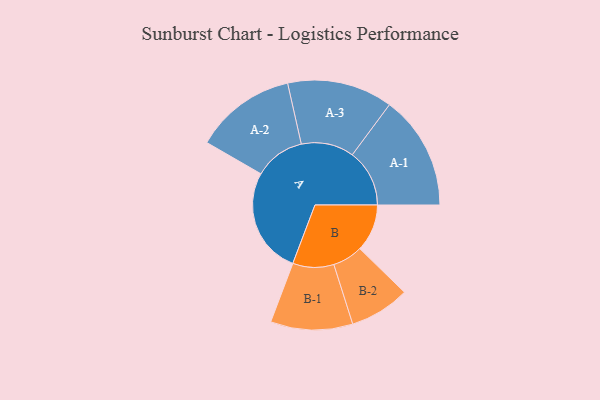
{"axis": {"x": "Segment", "y": "Value"}, "legend": ["", "A", "B"], "data": [{"x": "A", "y": 455, "type": ""}, {"x": "B", "y": 203, "type": ""}, {"x": "A-1", "y": 245, "type": "A"}, {"x": "A-2", "y": 217, "type": "A"}, {"x": "A-3", "y": 226, "type": "A"}, {"x": "B-1", "y": 176, "type": "B"}, {"x": "B-2", "y": 129, "type": "B"}]}